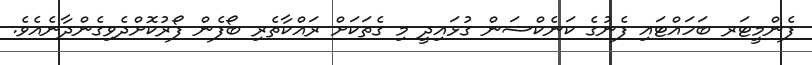
ފެންމީޓަރ ބަހައްޓައި ފެނުގެ ކަނެކްޝަން ގުޅައިދީ މި ގެތަކަށް ރައްކާތެރި ބޯފެން ފޯރުކޮށްދެވިގެންދާނެއެވެ.